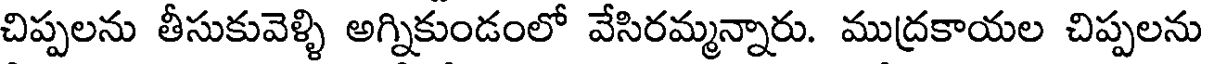
చిప్పలను తీసుకువెళ్ళి అగ్నికుండంలో వేసిరమ్మన్నారు. ముద్రకాయల చిప్పలను